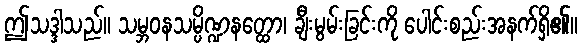
ဤသဒ္ဒါသည်။ သမ္ဘဝနသမ္ပိဏ္ဍနတ္ထော၊ ချီးမွမ်းခြင်းကို ပေါင်းစည်းအနက်ရှိ၏။